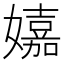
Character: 𡣗